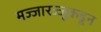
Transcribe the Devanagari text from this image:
मज्जारज्जूकडून